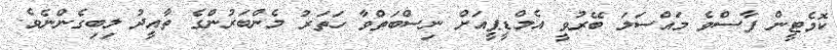
ކޮމެޓީން ފާސްވެ މައްސަލަ ބޭރުވީ އެމްޑީޕީއަށް ނިސްބަތްވާ ހަތަރު މެންބަރުންގެ ތާއީދު ލިބިގެންނެވެ.